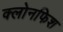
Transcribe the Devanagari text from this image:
क्लोनफिश